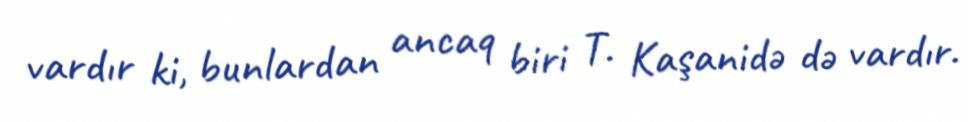
vardır ki, bunlardan ancaq biri T. Kaşanidə də vardır.